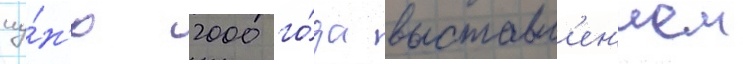
иу́н'ю 2000 го́да выставл'ен'ием